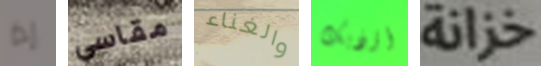
إذا مقاسي والغناء أؤذيك خزانة